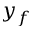
y _ { f }